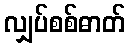
လျှပ်စစ်ဓာတ်